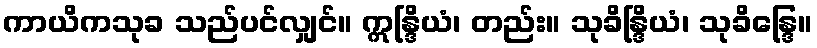
ကာယိကသုခ သည်ပင်လျှင်။ ဣန္ဒြိယံ၊ တည်း။ သုခိန္ဒြိယံ၊ သုခိန္ဒြေ။